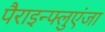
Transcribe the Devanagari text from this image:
पैराइन्फ्लुएंजा